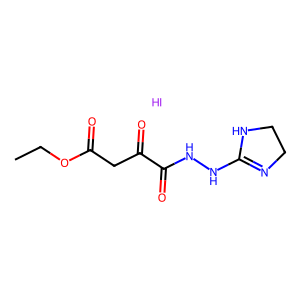
SMILES: CCOC(=O)CC(=O)C(=O)NNC1=NCCN1.I
Inhibits HIV replication: No